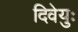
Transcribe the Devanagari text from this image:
दिवेयुः